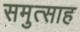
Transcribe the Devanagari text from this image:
समुत्साह